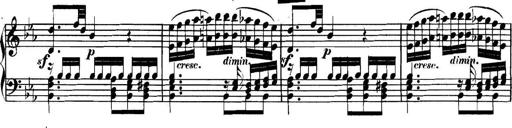
Title: Collected Piano Sonatas
Composer: Muzio Clementi